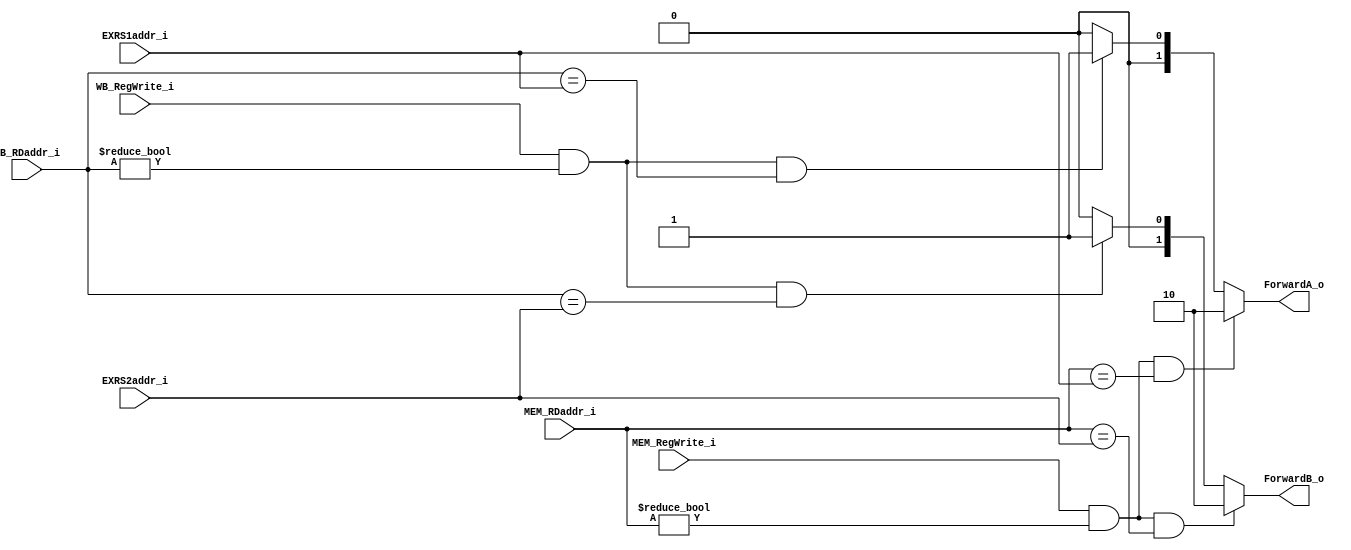
module Forward_Control
(
    EXRS1addr_i,
    EXRS2addr_i,
    MEM_RegWrite_i,
	WB_RegWrite_i,
    MEM_RDaddr_i,
	WB_RDaddr_i,
    ForwardA_o,
	ForwardB_o
);

input [4:0] EXRS1addr_i, EXRS2addr_i;
input [4:0] MEM_RDaddr_i, WB_RDaddr_i;
input       MEM_RegWrite_i, WB_RegWrite_i;
output [1:0]    ForwardA_o, ForwardB_o;
reg    [1:0]    ForwardA_o, ForwardB_o;


always @(EXRS1addr_i or EXRS2addr_i or MEM_RegWrite_i or WB_RegWrite_i or MEM_RDaddr_i or WB_RDaddr_i)  begin
    // RDaddr != 5'b0 to avoid write to register 0
    // no need to consider (not EX hazard when MEM hazard) since "else if" logic here
    if (MEM_RegWrite_i && (MEM_RDaddr_i != 5'b0) && (MEM_RDaddr_i == EXRS1addr_i))  begin
        ForwardA_o = 2'b10;
    end
    else if (WB_RegWrite_i && (WB_RDaddr_i != 5'b0) && (WB_RDaddr_i == EXRS1addr_i))    begin
        ForwardA_o = 2'b01;
    end
    else    begin
        ForwardA_o = 2'b00;
    end

    if (MEM_RegWrite_i && (MEM_RDaddr_i != 5'b0) && (MEM_RDaddr_i == EXRS2addr_i)) begin
        ForwardB_o = 2'b10; 
    end
    else if (WB_RegWrite_i && (WB_RDaddr_i != 5'b0) && (WB_RDaddr_i == EXRS2addr_i))    begin
        ForwardB_o = 2'b01;
    end
    else    begin
        ForwardB_o = 2'b00;
    end
end

endmodule


/* if (EX/MEM.RegWrite 
and (EX/MEM.RegisterRd != 0) 
and (EX/MEM.RegisterRd == ID/EX.RegisterRs1)) ForwardA = 10 
 
if (EX/MEM.RegWrite 
and (EX/MEM.RegisterRd != 0) 
and (EX/MEM.RegisterRd == ID/EX.RegisterRs2)) ForwardB = 10  */

/* if (MEM/WB.RegWrite 
and (MEM/WB.RegisterRd != 0) 
and not(EX/MEM.RegWrite and (EX/MEM.RegisterRd != 0)  
 and (EX/MEM.RegisterRd == ID/EX.RegisterRs1)) 
and (MEM/WB.RegisterRd == ID/EX.RegisterRs1)) ForwardA = 01 
 
if (MEM/WB.RegWrite 
and (MEM/WB.RegisterRd != 0) 
and not(EX/MEM.RegWrite and (EX/MEM.RegisterRd != 0)  
 and (EX/MEM.RegisterRd == ID/EX.RegisterRs2))
and (MEM/WB.RegisterRd == ID/EX.RegisterRs2)) ForwardB = 01 */